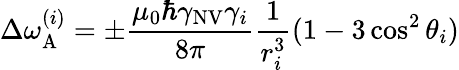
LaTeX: \Delta\omega_{\mathrm{A}}^{(i)}=\pm\frac{\mu_{0}\hbar\gamma_{\mathrm{NV}}\gamma_{i}}{8\pi}\frac{1}{r_{i}^{3}}(1-3\cos^{2}{\theta_{i}})